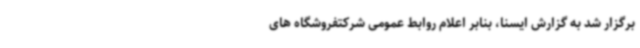
برگزار شد به گزارش ایسنا، بنابر اعلام روابط عمومی شرکتفروشگاه های